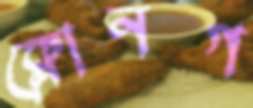
ক্লোনগ